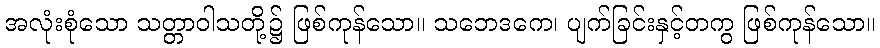
အလုံးစုံသော သတ္တာဝါသတို့၌ ဖြစ်ကုန်သော။ သဘေဒကေ၊ ပျက်ခြင်းနှင့်တကွ ဖြစ်ကုန်သော။